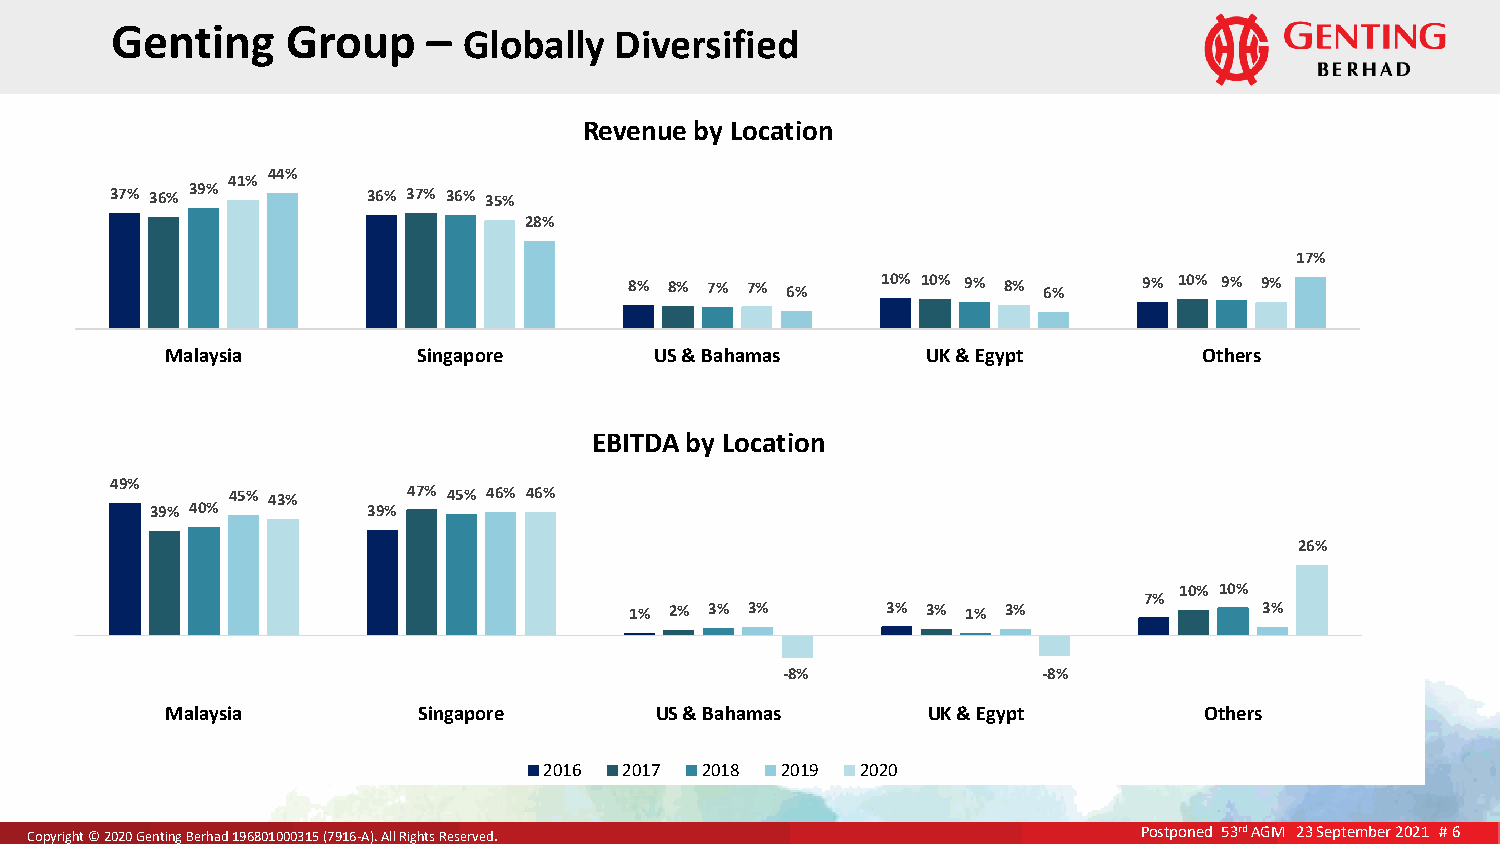
Ge  nting   G roup   –  Globally  Diversified
 Revenue by Location
 44%
 41%
 37% 36% 39%      36% 37% 36% 35%
 28%
 17%
 8% 8% 7% 7% 6%  10% 10% 9% 8% 6%  9% 10% 9% 9%
 Malaysia         Singapore      US & Bahamas      UK & Egypt         Others
 EBITDA by Location
 49%
 45% 43%     47% 45% 46% 46%
 39% 40%       39%
 26%
 10% 10%
 7%
 1% 2% 3% 3%      3% 3% 1% 3%              3%
 -8%              -8%
 Malaysia         Singapore      US & Bahamas      UK & Egypt         Others
 2016 2017 2018  2019 2020
 CCooppyyrriigghhtt ©© 22002200 GGeennttiinngg BBeerrhhaadd 119966880011000000331155 ((77991166--AA)).. AAllll RRiigghhttss RReesseerrvveedd.. Postponed 53rd AGM 23 September 2021 # 6